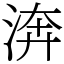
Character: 渀